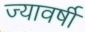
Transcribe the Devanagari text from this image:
ज्यावर्षी